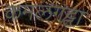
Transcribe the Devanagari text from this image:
कमलगट्टा